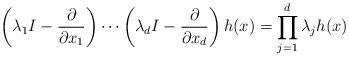
LaTeX: \begin{align*} \left(\lambda_1 I-\frac{\partial}{\partial x_1}\right)\cdots \left(\lambda_d I-\frac{\partial}{\partial x_d}\right) h(x) = \prod_{j=1}^d \lambda _j h(x) \end{align*}